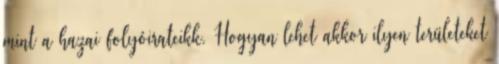
mint a hazai folyóiratcikk. Hogyan lehet akkor ilyen területeket